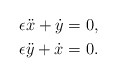
\begin{align*}\epsilon \ddot x + \dot y &= 0, \\\epsilon \ddot y + \dot x &= 0. \end{align*}